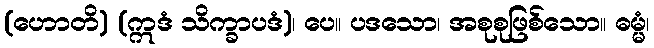
(ဟောတိ) (ဣဒံ သိက္ခာပဒံ)၊ ပေ။ ပဒသော၊ အစုစုဖြစ်သော။ ဓမ္မံ၊